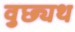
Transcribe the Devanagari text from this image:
वुछ्यथ